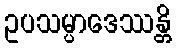
ဥပသမ္ပာဒေဿန္တိ